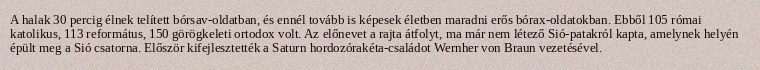
A halak 30 percig élnek telített bórsav-oldatban, és ennél tovább is képesek életben maradni erős bórax-oldatokban. Ebből 105 római katolikus, 113 református, 150 görögkeleti ortodox volt. Az előnevet a rajta átfolyt, ma már nem létező Sió-patakról kapta, amelynek helyén épült meg a Sió csatorna. Először kifejlesztették a Saturn hordozórakéta-családot Wernher von Braun vezetésével.